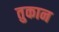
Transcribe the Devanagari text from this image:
तुकान